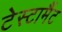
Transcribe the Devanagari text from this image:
टेस्टामैंट